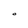
Character: O